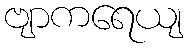
ဗျာကရေယျ